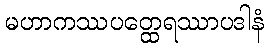
မဟာကဿပတ္ထေရဿာပဒါနံ